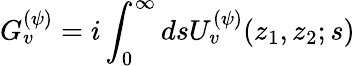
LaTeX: G_{v}^{(\psi)}=i\int_{0}^{\infty}dsU_{v}^{(\psi)}(z_{1},z_{2};s)